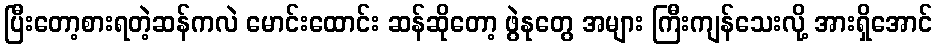
ပြီးတော့စားရတဲ့ဆန်ကလဲ မောင်းထောင်း ဆန်ဆိုတော့ ဖွဲနုတွေ အများ ကြီးကျန်သေးလို့ အားရှိအောင်